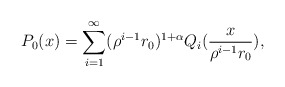
\begin{align*}P_0(x) = \sum_{i=1}^\infty (\rho^{i-1}r_0)^{1+\alpha} Q_i(\frac{x}{ \rho^{i-1}r_0}),\end{align*}